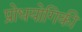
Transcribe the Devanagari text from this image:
प्रोधयोगिकी